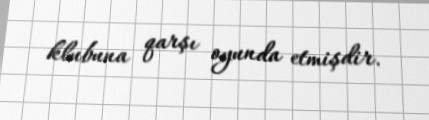
klubuna qarşı oyunda etmişdir.